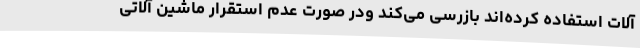
آلات استفاده کرده‌اند بازرسی می‌کند ودر صورت عدم استقرار ماشین آلاتی